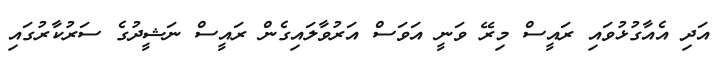
އަދި އެއާގުޅުވައި ރައީސް މިރޭ ވަނީ އަވަސް އަރުވާލައިގެން ރައީސް ނަޝީދުގެ ސަރުކާރުގައި